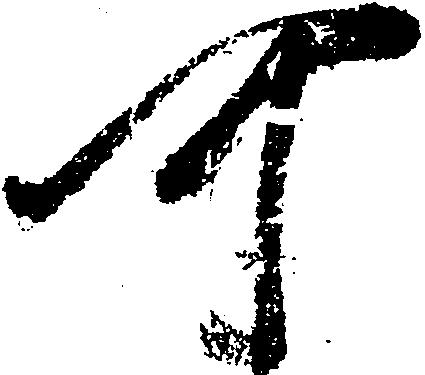
可